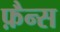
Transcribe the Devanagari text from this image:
फ़ैन्स